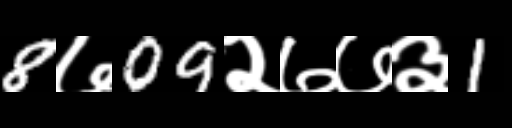
Text: 8७09२७७३1